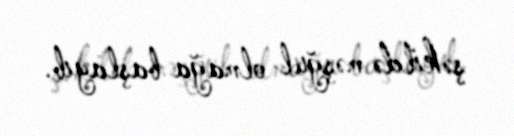
şəkildə məşğul olmağa başlayıb.